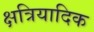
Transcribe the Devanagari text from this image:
क्षत्रियादिक